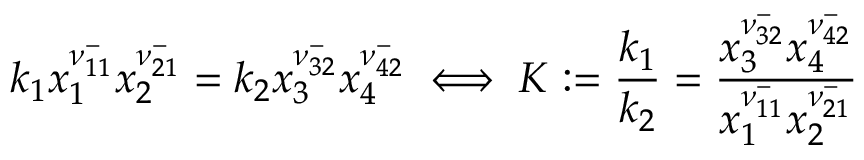
k _ { 1 } x _ { 1 } ^ { \nu _ { 1 1 } ^ { - } } x _ { 2 } ^ { \nu _ { 2 1 } ^ { - } } = k _ { 2 } x _ { 3 } ^ { \nu _ { 3 2 } ^ { - } } x _ { 4 } ^ { \nu _ { 4 2 } ^ { - } } \iff K : = \frac { k _ { 1 } } { k _ { 2 } } = \frac { x _ { 3 } ^ { \nu _ { 3 2 } ^ { - } } x _ { 4 } ^ { \nu _ { 4 2 } ^ { - } } } { x _ { 1 } ^ { \nu _ { 1 1 } ^ { - } } x _ { 2 } ^ { \nu _ { 2 1 } ^ { - } } }